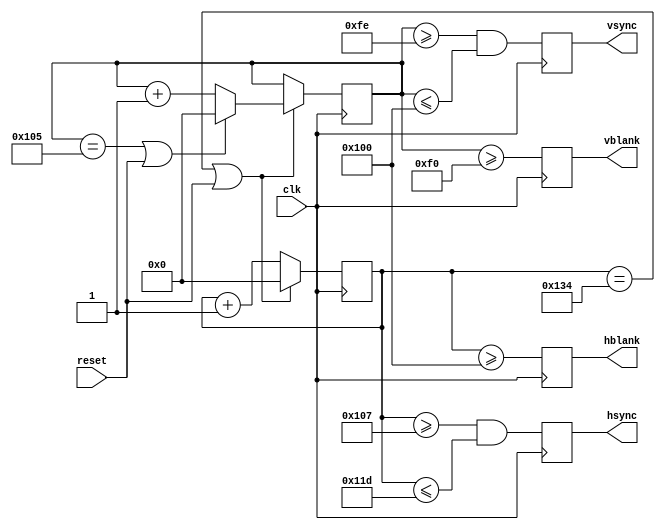
module hvsync_generator (clk, reset, hsync, vsync, hblank, vblank);

  input clk;
  input reset;
  output reg hsync, vsync;
  output reg vblank, hblank;

  // declarations for TV-simulator sync parameters
  // horizontal constants
  parameter H_DISPLAY       = 256; // horizontal display width
  parameter H_BACK          =  23; // horizontal left border (back porch)
  parameter H_FRONT         =   7; // horizontal right border (front porch)
  parameter H_SYNC          =  23; // horizontal sync width
  // vertical constants
  parameter V_DISPLAY       = 240; // vertical display height
  parameter V_TOP           =   5; // vertical top border
  parameter V_BOTTOM        =  14; // vertical bottom border
  parameter V_SYNC          =   3; // vertical sync # lines
  // derived constants
  parameter H_SYNC_START    = H_DISPLAY + H_FRONT;
  parameter H_SYNC_END      = H_DISPLAY + H_FRONT + H_SYNC - 1;
  parameter H_MAX           = H_DISPLAY + H_BACK + H_FRONT + H_SYNC - 1;
  parameter V_SYNC_START    = V_DISPLAY + V_BOTTOM;
  parameter V_SYNC_END      = V_DISPLAY + V_BOTTOM + V_SYNC - 1;
  parameter V_MAX           = V_DISPLAY + V_TOP + V_BOTTOM + V_SYNC - 1;

  wire hmaxxed = (hpos == H_MAX) || reset;	// set when hpos is maximum
  wire vmaxxed = (vpos == V_MAX) || reset;	// set when vpos is maximum
  
  reg [8:0] hpos;
  reg [8:0] vpos;
  
  // horizontal position counter
  always @(posedge clk)
  begin
    hsync <= (hpos>=H_SYNC_START && hpos<=H_SYNC_END);
    hblank <= (hpos>=H_DISPLAY);
    if(hmaxxed)
      hpos <= 0;
    else
      hpos <= hpos + 1;
  end

  // vertical position counter
  always @(posedge clk)
  begin
    vsync <= (vpos>=V_SYNC_START && vpos<=V_SYNC_END);
    vblank <= (vpos>=V_DISPLAY);
    if(hmaxxed)
      if (vmaxxed)
        vpos <= 0;
      else
        vpos <= vpos + 1;
  end

endmodule